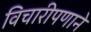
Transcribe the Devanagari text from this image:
विचारीपणाने